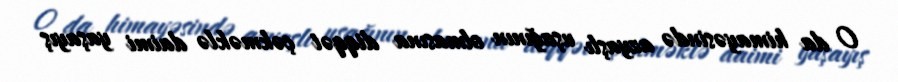
O da himayəsində azyaşlı uşağının olmasına diqqət çəkməklə daimi yaşayış